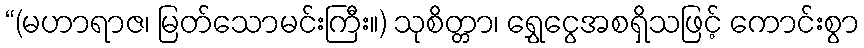
“(မဟာရာဇ၊ မြတ်သောမင်းကြီး။) သုစိတ္တာ၊ ရွှေငွေအစရှိသဖြင့် ကောင်းစွာ